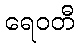
ရေဝတီ